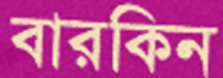
বারকিন